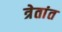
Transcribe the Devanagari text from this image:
त्रेतांत